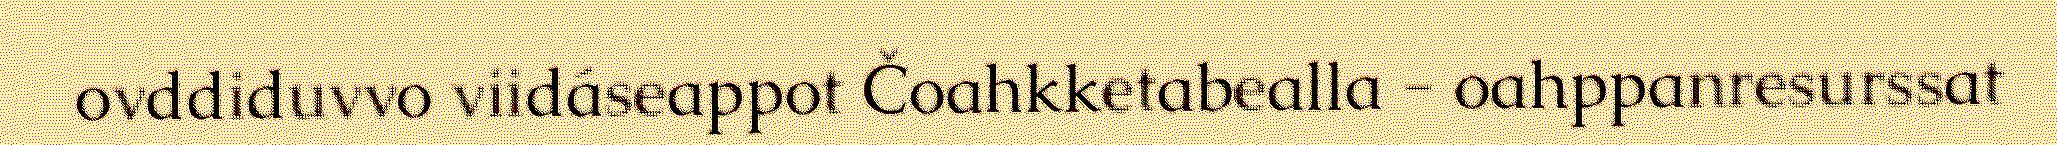
ovddiduvvo viidáseappot Čoahkketabealla - oahppanresurssat